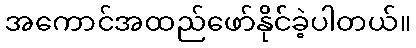
အကောင်အထည်ဖော်နိုင်ခဲ့ပါတယ်။